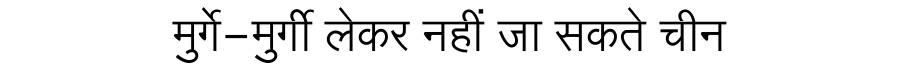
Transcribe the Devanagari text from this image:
मुर्गे-मुर्गी लेकर नहीं जा सकते चीन